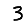
Digit: 3